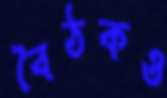
বৈঠকও